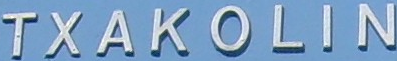
TXAKOLIN